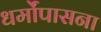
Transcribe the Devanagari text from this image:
धर्मोंपासना